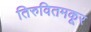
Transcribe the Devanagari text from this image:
तिरुवितमकूर